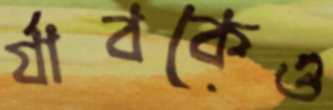
র‍্যাবকেও